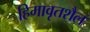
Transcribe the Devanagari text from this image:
हिमावृतशैल